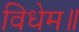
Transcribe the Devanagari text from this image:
विधेम॥